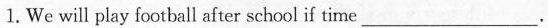
1. We will play football after schoolif time ___.